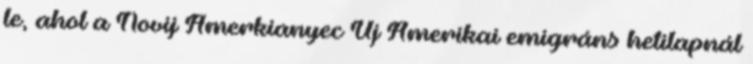
le, ahol a Novij Amerkianyec Új Amerikai emigráns hetilapnál